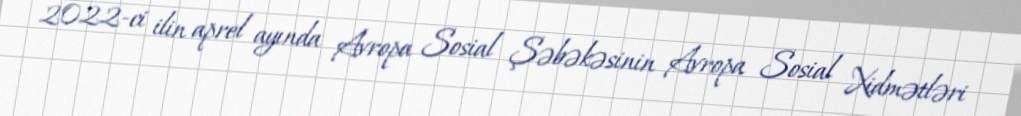
2022-ci ilin aprel ayında Avropa Sosial Şəbəkəsinin Avropa Sosial Xidmətləri